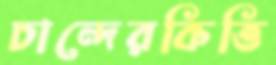
চান্দেরকিত্তি